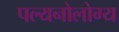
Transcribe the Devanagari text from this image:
पल्यनोलोग्य